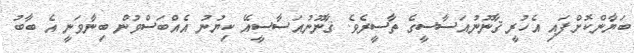
ބަޔާންކޮށްފައި އެހުރީ ޤާނޫނުއަސާސީގެ ތާސީރެވެ. ޤާނޫނުއަސާސީއޭ ކިޔުނު އެއްބަސްވުން ބިނާވަނީ އެ ބާބު